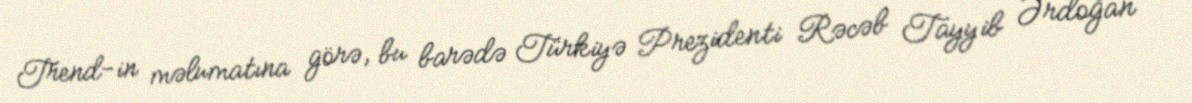
Trend-in məlumatına görə, bu barədə Türkiyə Prezidenti Rəcəb Tayyib Ərdoğan